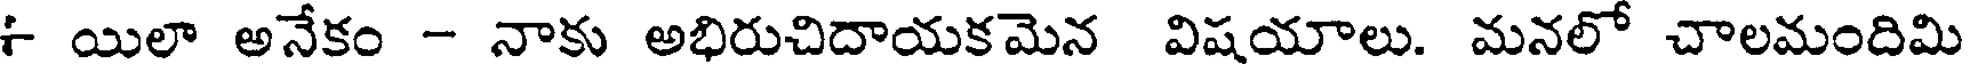
+ యిలా అనేకం - నాకు అభిరుచిదాయకమెన విషయాలు. మనలో చాలమందిమి